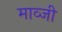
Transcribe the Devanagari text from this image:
माव्जी